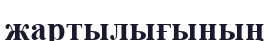
жартылығының